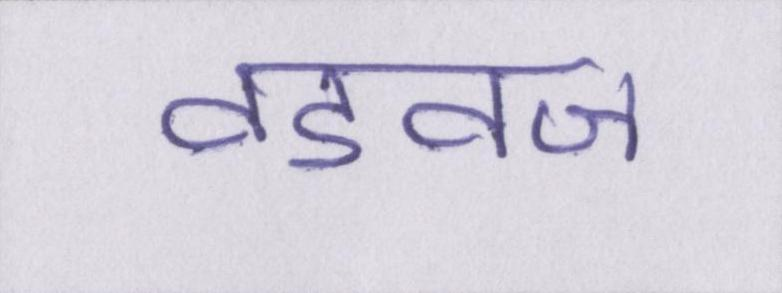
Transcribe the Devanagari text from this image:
वडवज